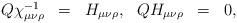
LaTeX: \begin{align*}\begin{array}{rclrcl} Q\chi^{-1}_{\mu\nu\rho} &=& H_{\mu\nu\rho},& QH_{\mu\nu\rho} &=& 0,\end{array}\end{align*}